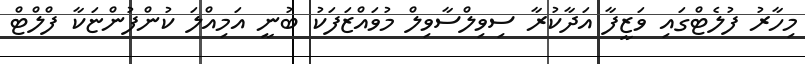
މިހާރު ފުލެޓްގައި ވަޒީފާ އަދާކުރާ ސިވިލްސާވިލް މުވައްޒަފަކު ބުނީ އަމިއްލަ ކުންފުންޏަކާ ފްލްޓް